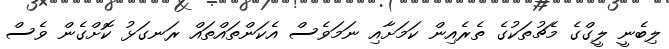
ލިބެނީ ލީގްގެ މެޗުތަކުގެ ތެރެއިން ކަމަށާއި ނަމަވެސް އެކަންތައްތައް ރަނގަޅު ކޮށްގެން ވެސް